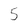
Character: 5